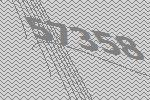
57358